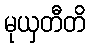
မုယှတီတိ